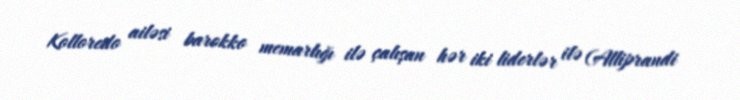
Kolloredo ailəsi barokko memarlığı ilə çalışan hər iki liderlər ilə (Alliprandi